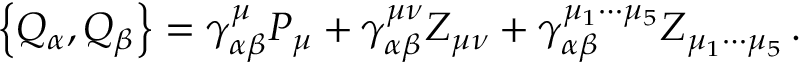
\left\{ Q _ { \alpha } , Q _ { \beta } \right\} = \gamma _ { \alpha \beta } ^ { \mu } P _ { \mu } + \gamma _ { \alpha \beta } ^ { \mu \nu } Z _ { \mu \nu } + \gamma _ { \alpha \beta } ^ { \mu _ { 1 } \cdots \mu _ { 5 } } Z _ { \mu _ { 1 } \cdots \mu _ { 5 } } \, .